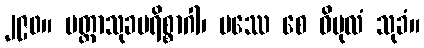
၂၉၀။ မတ္တာသုခပရိစ္စာဂါ၊ ပဿေ စေ ဝိပုလံ သုခံ။